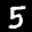
Label: 5